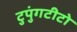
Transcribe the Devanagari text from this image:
टुपुंगटीटो